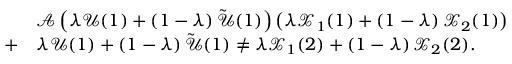
\begin{array} { r l } & { \mathscr { A } \left( \lambda \mathscr { U } ( 1 ) + \left( 1 - \lambda \right) \tilde { \mathscr { U } } ( 1 ) \right) \left( \lambda \mathscr { X } _ { 1 } ( 1 ) + \left( 1 - \lambda \right) \mathscr { X } _ { 2 } ( 1 ) \right) } \\ { + } & { \lambda \mathscr { U } ( 1 ) + \left( 1 - \lambda \right) \tilde { \mathscr { U } } ( 1 ) \neq \lambda \mathscr { X } _ { 1 } ( 2 ) + \left( 1 - \lambda \right) \mathscr { X } _ { 2 } ( 2 ) . } \end{array}